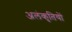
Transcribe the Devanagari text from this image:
अलंकृतियों